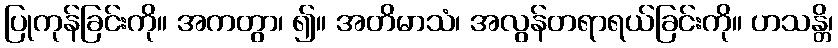
ပြုကုန်ခြင်းကို။ အကတွာ၊ ၍။ အတိမာသံ၊ အလွန်တရာရယ်ခြင်းကို။ ဟသန္တိ၊